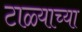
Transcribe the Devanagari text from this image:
टाळ्याच्या